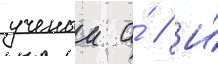
ученыи а́ // И́